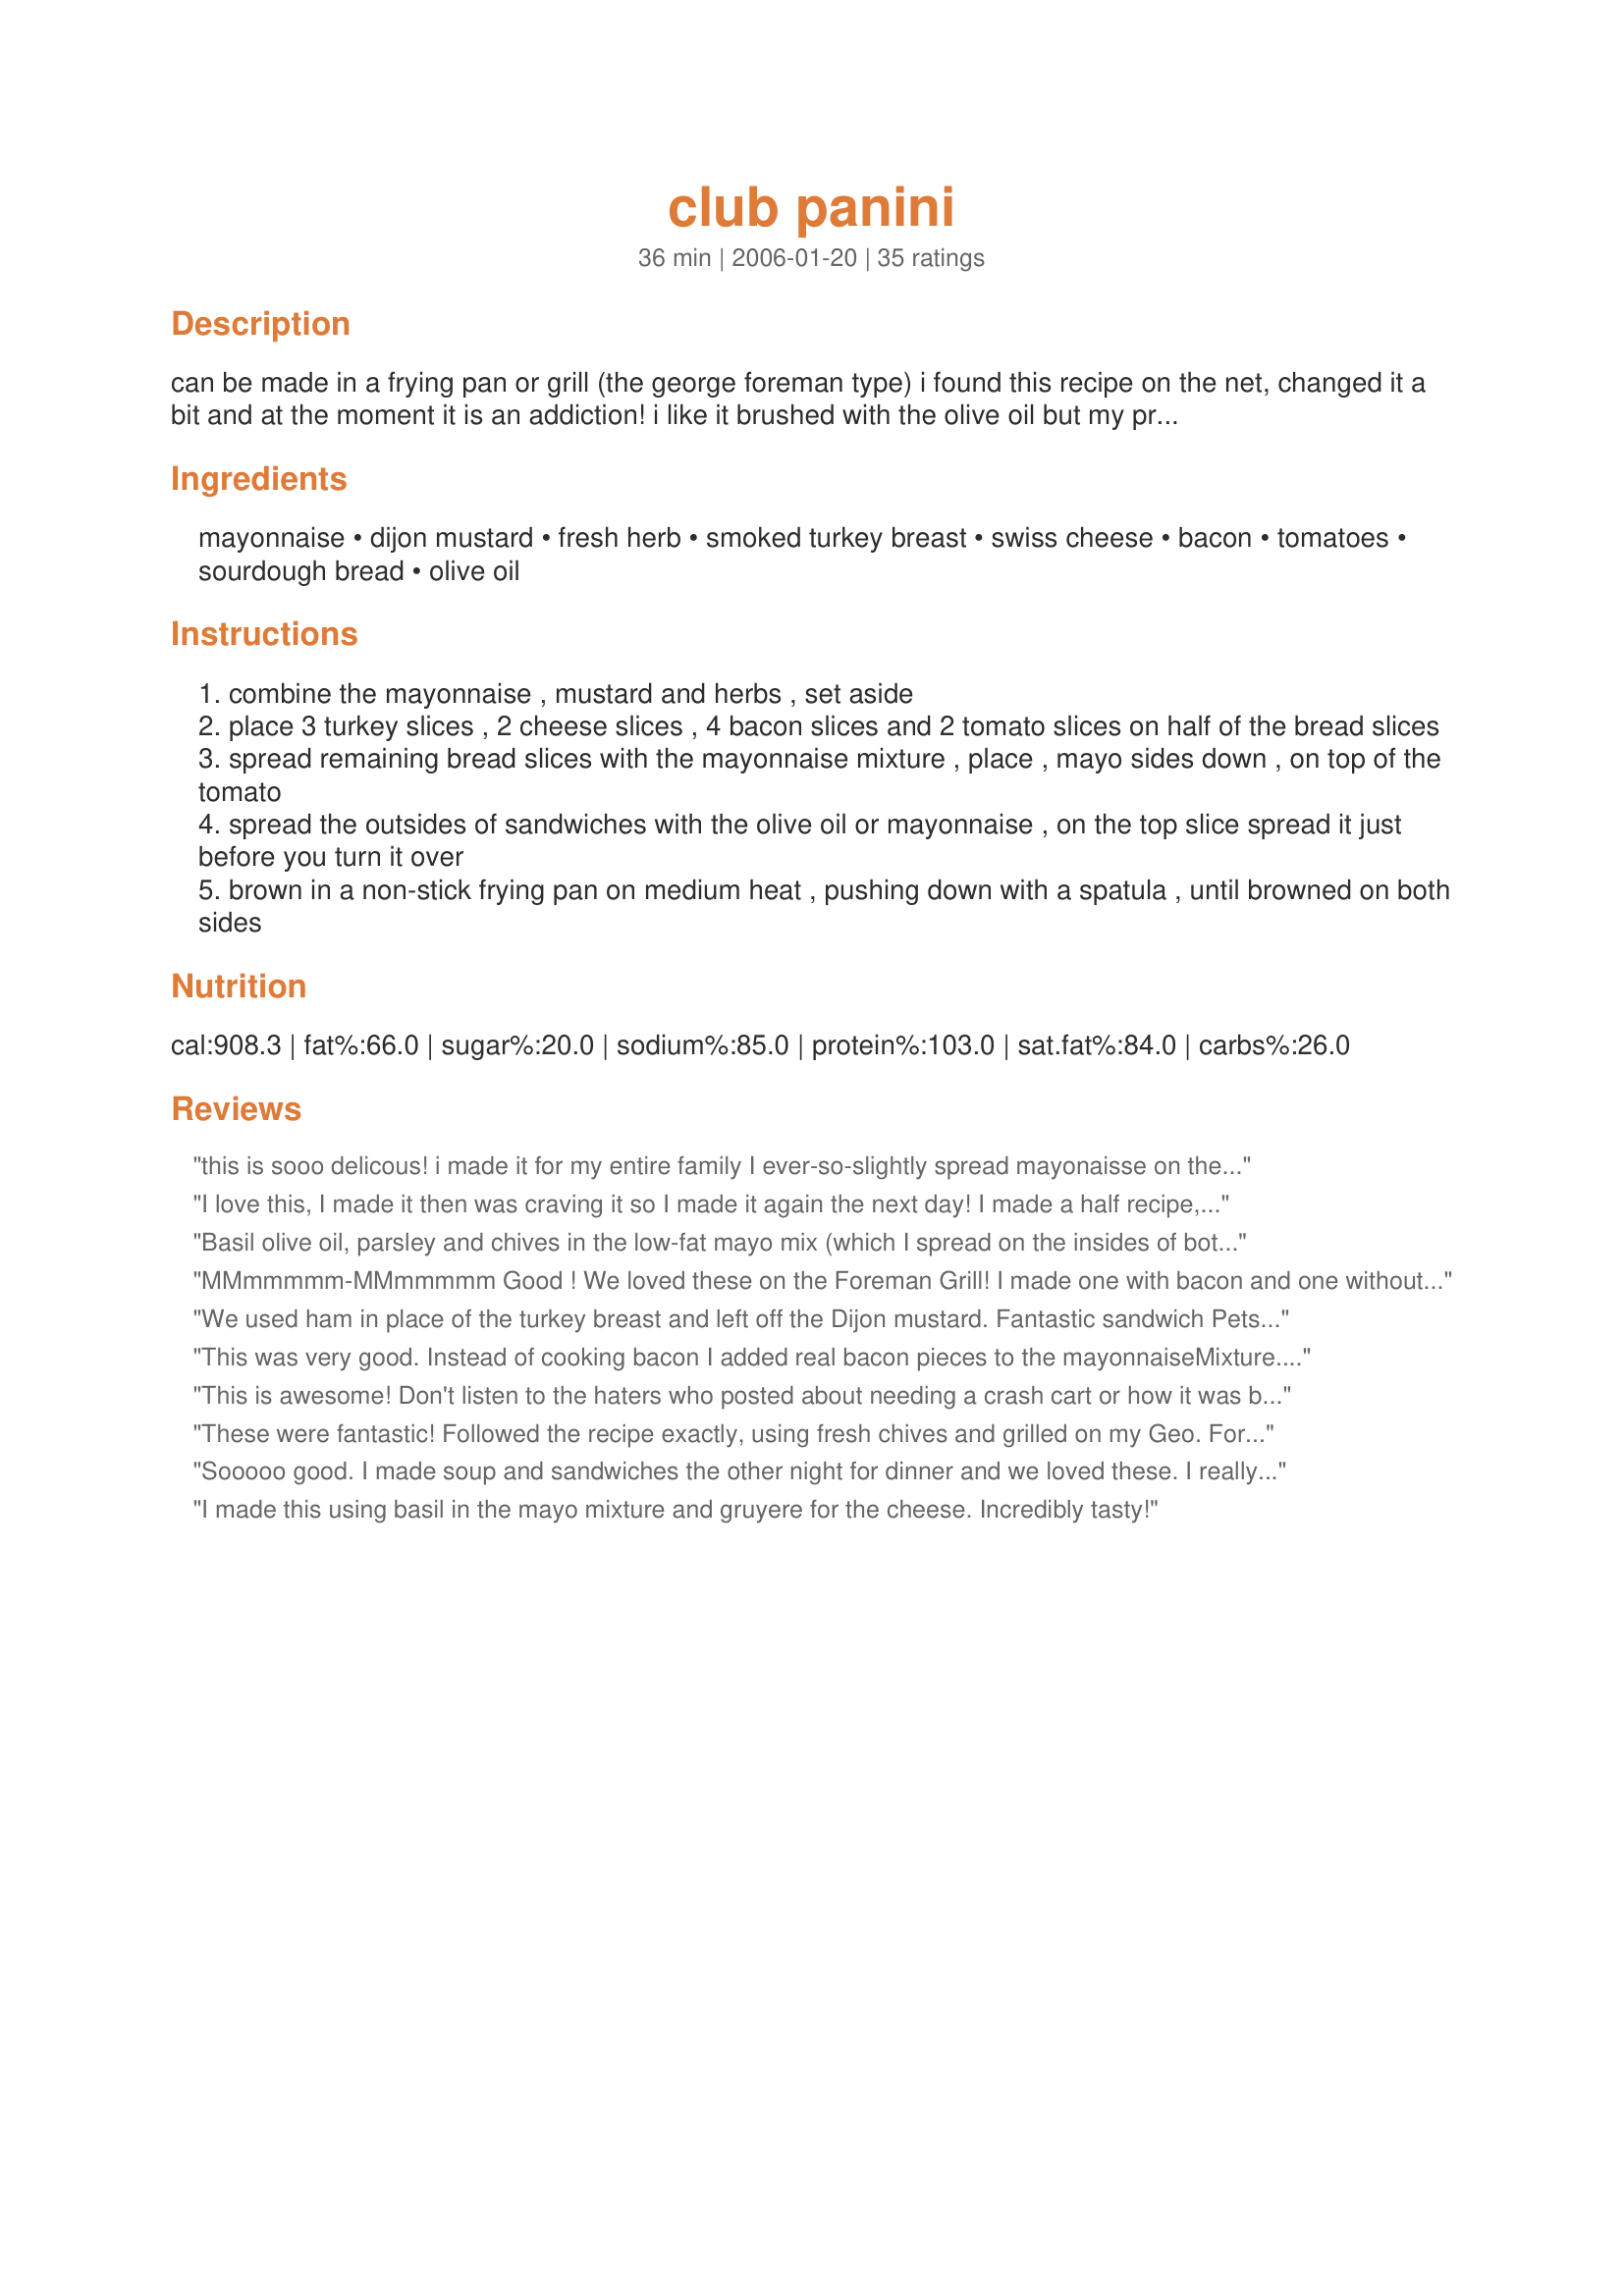
club panini
Preparation time: 36 minutes

can be made in a frying pan or grill (the george foreman type) i found this recipe on the net, changed it a bit and at the moment it is an addiction!
i like it brushed with the olive oil but my preference is to use mayonnaise and use this method now all the time ever since i made dawnab's recipe #108522

Ingredients:
mayonnaise, dijon mustard, fresh herb, smoked turkey breast, swiss cheese, bacon, tomatoes, sourdough bread, olive oil

Steps:
combine the mayonnaise , mustard and herbs , set aside
place 3 turkey slices , 2 cheese slices , 4 bacon slices and 2 tomato slices on half of the bread slices
spread remaining bread slices with the mayonnaise mixture , place , mayo sides down , on top of the tomato
spread the outsides of sandwiches with the olive oil or mayonnaise , on the top slice spread it just before you turn it over
brown in a non-stick frying pan on medium heat , pushing down with a spatula , until browned on both sides

Reviews:
this is sooo delicous! i made it for my entire family
I ever-so-slightly spread mayonaisse on the top-instead of musterd(sp?) i used horse raddish!amazing! also i used ham and i think thats the tastier option. thank you pets'r'us, for a delicous, filling,easy,quick meal-btw it takes more like 3 minutes prep time if u use george formen grill.
I love this, I made it then was craving it so I made it again the next day! I made a half recipe, and I used fresh basil from the garden for the "fresh herbs". I also added finely sliced red onion. Then I sprayed some olive oil spray directly onto the bread and put it in the grill. Yummy! I would eat this every day if it didn't have so much fat LOL
Basil olive oil, parsley and chives in the low-fat mayo mix (which I spread on the insides of both and the outside of one slice just to be annoyingly different) were my deviations from the recipe and these made in the panini press turned out really well. Unfortunately, the bread slices we had were HUUUUGE, so neither of us could finish more than half a sandwich.... which, eyeballing the calorie count, is probably a blessing in disguise. ;o) Very tasty, though!
MMmmmmm-MMmmmmm Good !
We loved these on the Foreman Grill! I made one with bacon and one without and the veggie version was deelish too. Thanks for posting this one.
We used ham in place of the turkey breast and left off the Dijon mustard. Fantastic sandwich Pets! Thanks for sharing it! Mike
This was very good. Instead of cooking bacon I added real bacon pieces to the mayonnaise<br/>Mixture.I also used panini bread and cooked it on a panini maker. Both my husband and my son felt it is a keeper.
This is awesome! Don't listen to the haters who posted about needing a crash cart or how it was bad because they left off ingredients therefore changing the sammie. It's great!!
These were fantastic! Followed the recipe exactly, using fresh chives and grilled on my Geo. Foreman. Perfection!
Sooooo good. I made soup and sandwiches the other night for dinner and we loved these. I really liked the sauce for these sandwiches. We will make this again, as we all really liked them. Thank you for sharing with us.
I made this using basil in the mayo mixture and gruyere for the cheese. Incredibly tasty!
I love how versatile this recipe is! We used combinations of turkey, roast beef, bacon, swiss, american and pepper jack cheeses. I added basil to the mayo/mustard combination. I also brushed the outside of the bread with mayo before cooking in a cast iron skillet. These were wonderful served with Beef Goulash Soup Recipe #76708. Thanks for sharing the recipe!

I loved the combo of mayo mustard and herb on this. I didn't have bacon, tomatoes, or swiss. I subbed ham and mozz and cheddar. Regardless, it was still very good!
Really great, probably would have been better had I remembered the turkey : ) I kept wondering why it wasn't a "club" sandwich until I remembered... but is was really good. I think the recipe writer meant Dijon mustard, at least that's what I used.
Great panini. I used sourdough bread (my favorite). The mayo-herb spread is what makes all the difference in this sandwich, don't be tempted to leave it out or skimp on it.
Tried to lower the fat a bit... so used turkey bacon and a lot less mayo!! Used a nice small loaf of French bread and some nice swiss cheese. Also used sun dried tomatoes as it's hard to find some nice tomatoes in December! Thanks Pets'R'us this was :yummy:!! :)
i make my own club panini with bread :3 slice lettuce 2 leaf romain smoke turkey ham: 4 slice turkey pastrami: 3 slice hard boil egg:1 slice and gruyere: 4 slice with homemade aioli. umm wow test delicious.
I made Ciabatta bread especially to make these. Oh was it worth it! The fresh herbs for the mayo were a mixture of basil, rosemary, tarragon and chives. I brushed olive oil on the outside of the bread and used my grill pan and Panini press for a delicious sandwich.
Mouthwatering! I made Ham and Swiss Paninis using the George Foreman. Loved the herb sauce (I used fresh parsley). I didn't bother with the bacon but it wasn't missed. You can't go wrong with this one!
Scrumptious!!! Delicioso!! This is definitely a keeper. Thanks Pets'R'us!!
This was the recipe I chose to 'baptize' the new panini grill I'd been pining for. Rather than measuring carefully, I just dumped 3 or 4 T. mayo, a heaping tsp. of dijon, a little Italian parsley and 2 big basil leaves in a mini- processor and twirled it a few times. (That was more than enough spread for 2 extra-large sandwiches.) I used smoked turkey, bacon and Swiss, and brushed the bread with olive oil. The only way I really deviated from the recipe was by adding about a tsp. of hot pepper relish to each serving for a little kick. My son took one bite, muttered, "Killer! Absolutely killer!" -- and then didn't come up for air again until he'd devoured every crumb. Can't wait wntil tomatoes are in season. That will add yet another layer of yumminess. Thank you so much, Pets! You definitely helped confirm the fact that I *needed* that panini. :)
Wow wow wow! These were so yummy!!! We used fresh chives and sourdough bread and also used mayo on the outside of the bread instead of the olive oil and these were delicious! So easy to make and they tasted so much better than any "chain" sandwich shop! Thanks for posting this great recipe! We will be making these alot!
Very tasty. I used Rosemary and Olive Oil artisan bread and oven roasted turkey (the good stuff) from Costco, 1 slice Swiss and 1 slice Monterrey jack, and about 1/2 the mayo mix, dried parsley instead of fresh herbs and buttered before frying/squishing in the waffle iron with the flat plates. I didn't have any bacon but I'm sure that would have been even better. Served with cheese and potato soup for a birthday dinner.
Yum! I didn't use quite as much as the ingredients stated, because my bread slices weren't very big. I used sourdough bread, brushed the outsides with olive oil, and inside the sandwich I layered 2 slices of turkey, 2 slices of shortcut bacon, and 3 slices of tomato, with a small slice of swiss cheese between each layer. The herbed mayo was fantastic (I couldn't decide which herb to use, so I used a combination of fresh basil, fresh parsley, and fresh chives!). Made in memory of Pet'R'Us.
Yumm! These panini's are delicious! The only thing I did differently was not add the herbs in the mayo.I cooked mine in a George Foreman.
We really enjoyed this Panini. I didn't really measure anything, just mixed the mayo and mustard to my liking then added the rest. I used a little Olive Oil spray on the outside of the bread and that worked great. Thanks Pet :)
This was the best Panini i've ever had...althought I omitted the mustard and herbs. My father thought it was a great sandwich!!!!
Is this served near a hospital with a crash cart....might be good once but if its become an addiction your arteries will be hard in no time
This is a great panini!!! I served it at a family gathering & it was a wonderful hit with all. Thanks for posting!
Very tasty! I made these on the George Foreman grill using Italian Parmesan Bread (recipe #155369). I didn't have any fresh herbs on hand, so I just mixed a little mayo and the mustard til it tasted good to me. Great combo of ingredients!
This was a fantastic meal. I only used one piece of swiss and added half a piece of american and half a piece of pepperjack. I also put lettuce on this sandwich. I was a little skeptical about the mayo on the outside, but I tried it anyways and it was so yummy!!!
I personally thought the Mayonnaise was a little too much, so instead, I used a 1/4 cup Dijon mustard with 1/4 cup of Mayonnaise and added olive oil to the outside bread sides. Calls also for a low fat option!
My husbend, and I really liked this recipe. We cooked it on our gorge formen grill which was very fast and easy. With the sauce I added more dijon mustard for more flavor.
I did find this very rich and I did make only 1/2 the spread and skipped the bacon. Sorry this wasn`t my kind of meal. I did enjoy all the herbs.
YUM!! We used garlic artisian bread (the kind at Costco w/ whole cloves of roasted garlic in it) Instead of fresh herbs I mixed some pesto into the mayo and we used our George Foreman grill...soooo good! Thanks Pet.
Can you say YUMMY? I made a half recipe, but only used a quarter of the mayonnaise, mustard, and herb mixture which was plenty. I used fresh chives for the herbs, didn't measure, and wished I had used at least as much as was called for. I did spread mayonnaise on the outside before frying. This was a quick and delicious weeknight dinner for DH and I. Thanks Pets. I didn't know you but am honored to have made one of your recipes.
